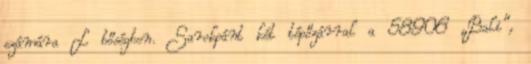
számára L bőségben. Sarokpánt két tépőzárral a 58906 „Bali”,